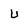
Character: u